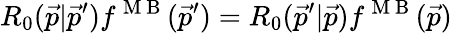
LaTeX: R_{0}(\vec{p}|\vec{p}^{\prime})f^{\mathrm{~M~B~}}(\vec{p}^{\prime})=R_{0}(\vec{p}^{\prime}|\vec{p})f^{\mathrm{~M~B~}}(\vec{p})